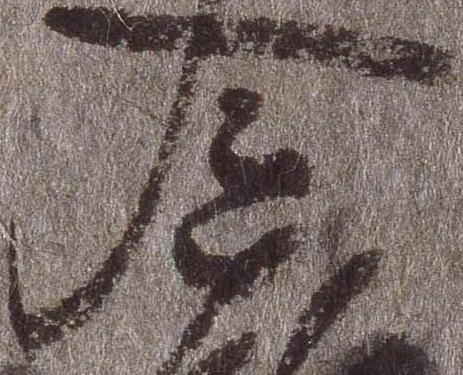
入